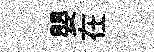
嬰在